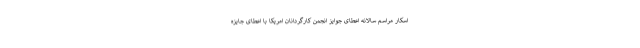
اسکار مراسم سالانه اعطای جوایز انجمن کارگردانان امریکا با اعطای جایزه